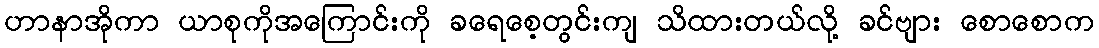
ဟာနာအိုကာ ယာစုကိုအကြောင်းကို ခရေစေ့တွင်းကျ သိထားတယ်လို့ ခင်ဗျား စောစောက